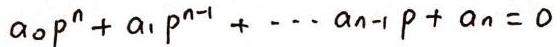
\[ a_0 p^n + a_1 p^{n - 1} + \cdots + a_{n - 1} p + a_n = 0 \]